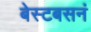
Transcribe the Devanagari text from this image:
बेस्टबसनं